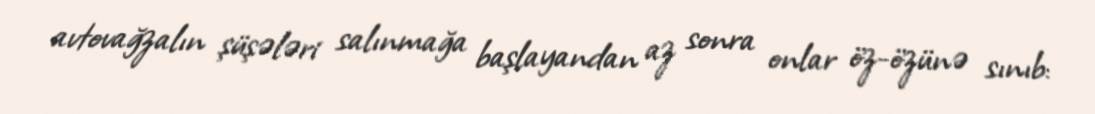
avtovağzalın şüşələri salınmağa başlayandan az sonra onlar öz-özünə sınıb: